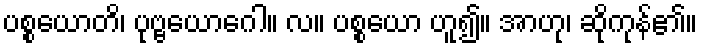
ပစ္စယောတိ၊ ပုဗ္ဗယောဂေါ။ လ။ ပစ္စယော ဟူ၍။ အာဟု၊ ဆိုကုန်၏။